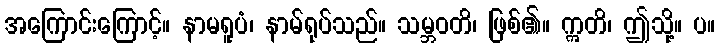
အကြောင်းကြောင့်။ နာမရူပံ၊ နာမ်ရုပ်သည်။ သမ္ဘဝတိ၊ ဖြစ်၏။ ဣတိ၊ ဤသို့။ ပ။